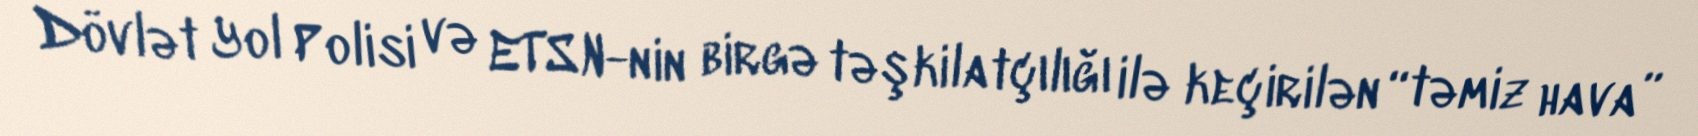
Dövlət Yol Polisi və ETSN-nin birgə təşkilatçılığı ilə keçirilən “təmiz hava”